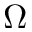
\Omega